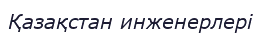
Қазақстан инженерлері